Punjab Mental Hospital Lahore 1922-31 - 1922-1931
Year: 1922
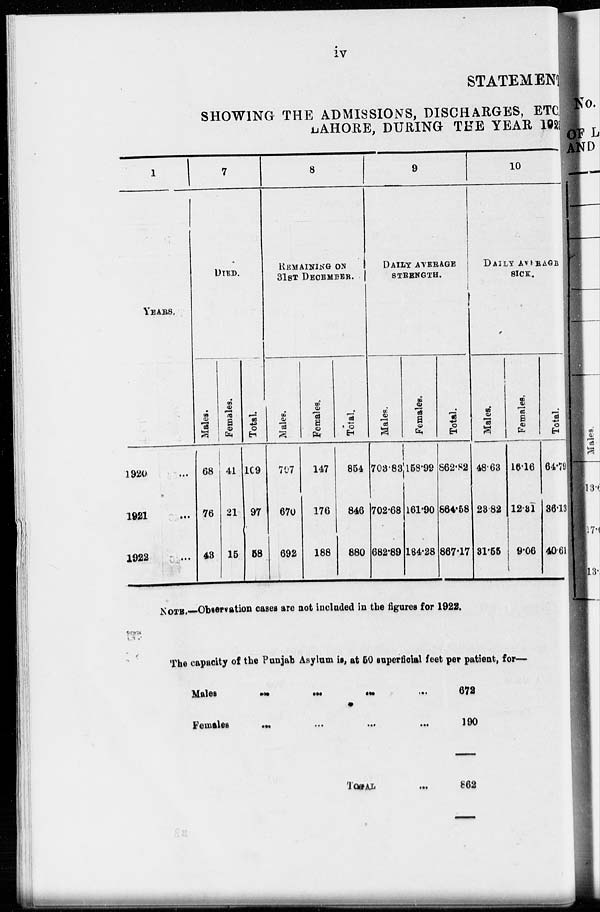
iv
STATEMENT
SHOWING THE ADMISSIONS, DISCHARGES, ETC
LAHORE, DURING THE YEAR 1922
1
YEARS.
1920 ...
1921 ...
1922 ...
7
DIED.
Males.
68
76
43
Females.
41
21
15
Total.
109
97
58
8
REMAINING ON
31ST DECEMBER.
Males.
707
670
692
Females.
147
176
188
Total.
854
846
880
9
DAILY AVERAGE
STRENGTH.
Males.
703.83
702.68
682.89
Females.
158.99
161.90
184.28
Total.
862.82
864.58
867.17
10
DAILY AVERAGE
SICK.
Males.
48.63
23.82
31.55
Females.
16.16
12.31
9.06
Total.
64.79
36.13
40.61
NOTE.—Observation cases are not included in the figures for 1922.
The capacity of the Punjab Asylum is, at 50 superficial feet per patient, for—
Males
...
...
...
...
...
Females
...
...
...
...
...
TOTAL ...
672
190
862